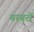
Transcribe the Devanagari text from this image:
बरबरों